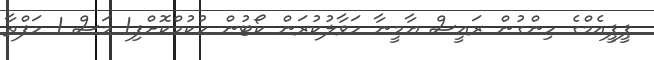
ޕީޕީއެމްގެ ހިންގުން ރައީސް ޔާމީނާ ހަވާލުކުރަން ކޯޓުން ހުކުމްކޮށްފި1 މަސް 1 ހަފްތާ